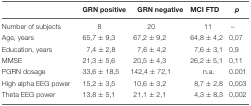
|  | GRN positive | GRN negative | MCI FTD | p |
 | --- | --- | --- | --- | --- |
 | Number of subjects | 8 | 20 | 11 | – |
 | Age, years | 65,7 ± 9,3 | 67,2 ± 9,2 | 64,8 ± 4,2 | 0,07 |
 | Education, years | 7,4 ± 2,8 | 7,6 ± 4,2 | 7,6 ± 3,1 | 0,9 |
 | MMSE | 21,3 ± 5,6 | 20,5 ± 4,3 | 26,2 ± 5,1 | 0,11 |
 | PGRN dosage | 33,6 ± 18,5 | 142,4 ± 72,1 | n.a. | 0.001 |
 | High alpha EEG power | 15,2 ± 3,5 | 10,6 ± 3,2 | 8,7 ± 2,8 | 0,003 |
 | Theta EEG power | 13,8 ± 5,1 | 21,1 ± 2,1 | 4,3 ± 8,3 | 0,002 |